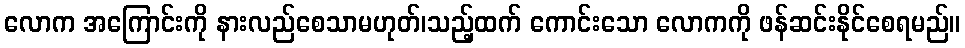
လောက အကြောင်းကို နားလည်စေသာမဟုတ်၊သည့်ထက် ကောင်းသော လောကကို ဖန်ဆင်းနိုင်စေရမည်။